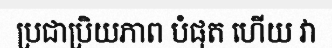
ប្រជាប្រិយភាព បំផុត ហើយ វា